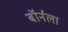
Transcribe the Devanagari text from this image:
बॉर्नला